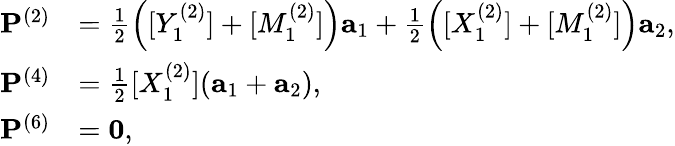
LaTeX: \begin{array}{rl}{{\mathbf P}^{(2)}}&{=\frac{1}{2}\left([Y_{1}^{(2)}]+[M_{1}^{(2)}]\right){\mathbf a}_{1}+\frac{1}{2}\left([X_{1}^{(2)}]+[M_{1}^{(2)}]\right){\mathbf a}_{2},}\\ {{\mathbf P}^{(4)}}&{=\frac{1}{2}[X_{1}^{(2)}]({\mathbf a}_{1}+{\mathbf a}_{2}),}\\ {{\mathbf P}^{(6)}}&{={\mathbf 0},}\end{array}